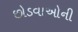
છોડવાઓની